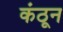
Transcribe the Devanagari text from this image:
कंठून